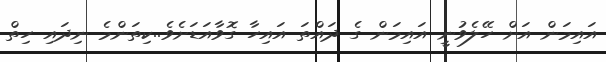
އައިމަން އަށް ހޭލެވުނީ އައިމަން ގެ ދައްތަ އައިހާ ގޮވާއަޑަށެވެ..ކިތަންމެ ނިދައި ހިތް